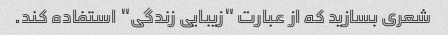
شعری بسازید که از عبارت "زیبایی زندگی" استفاده کند.